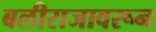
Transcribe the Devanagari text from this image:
बलीराजावरून